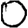
Digit: 0